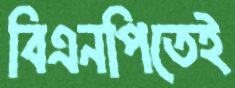
বিএনপিতেই